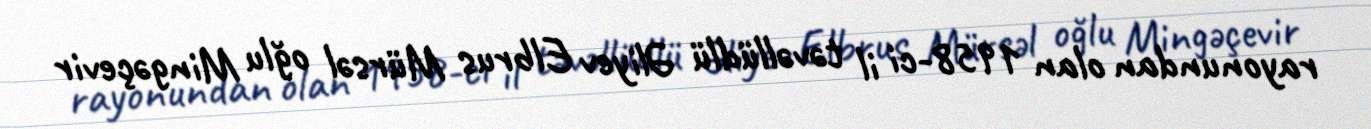
rayonundan olan 1958-ci il təvəllüdlü Əliyev Elbrus Mürsəl oğlu Mingəçevir